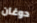
دوغان